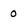
Character: 0